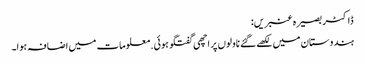
ڈاکٹر بصیرہ عنبریں:
ہندوستان میں لکھے گئے ناولوں پر اچھی گفتگو ہوئی. معلومات میں اضافہ ہوا۔